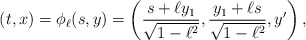
\begin{align*} (t,x)=\phi_{\ell}(s,y)=\left(\frac{s+\ell y_1}{\sqrt{1-\ell^2}},\frac{y_1+\ell s}{\sqrt{1-\ell^2}},y'\right), \end{align*}